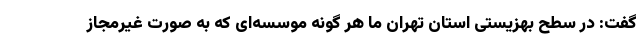
گفت: در سطح بهزیستی استان تهران ما هر گونه موسسه‌ای که به صورت غیرمجاز